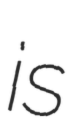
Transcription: is